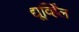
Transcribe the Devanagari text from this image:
द्यूर्व्हिल